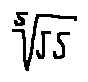
\sqrt [ 5 ] { 5 5 }